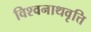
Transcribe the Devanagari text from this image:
विश्वनाथवृत्ति